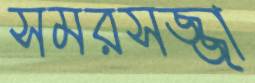
সমরসজ্জা